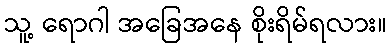
သူ့ ရောဂါ အခြေအနေ စိုးရိမ်ရလား။